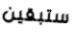
ستبقين